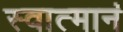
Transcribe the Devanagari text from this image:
स्वात्मानं